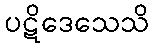
ပဋိဒေသေသိ